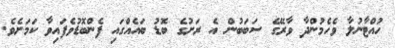
ހުއްޓާނުލާ ވެހެމުންދާ ވާރޭގެ ސަބަބުން އެ ރަށުގެ ބޮޑު ބައެއްގައި ފެންބޮޑުވެފައިވާ ކަމަށެވެ.